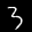
Label: 3